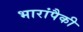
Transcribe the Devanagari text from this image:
भारांपैकी